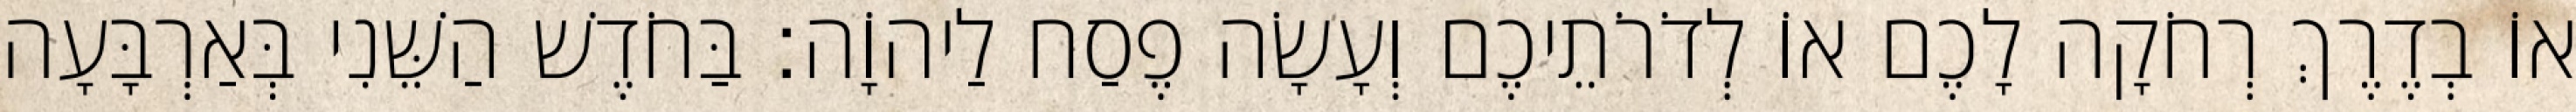
אוֹ בְדֶרֶךְ רְחֹקָה לָכֶם אוֹ לְדֹרֹתֵיכֶם וְעָשָׂה פֶסַח לַיהוָֹה׃ בַּחֹדֶשׁ הַשֵּׁנִי בְּאַרְבָּעָה